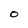
Character: 0